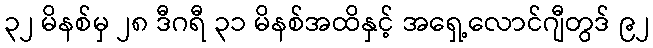
၃၂ မိနစ်မှ ၂၈ ဒီဂရီ ၃၁ မိနစ်အထိနှင့် အရှေ့လောင်ဂျီတွဒ် ၉၂